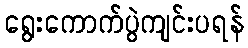
ရွေးကောက်ပွဲကျင်းပရန်